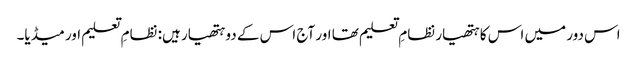
اس دور میں اس کا ہتھیار نظامِ تعلیم تھا اور آج اس کے دو ہتھیار ہیں: نظامِ تعلیم اور میڈیا۔